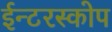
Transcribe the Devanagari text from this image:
ईन्टरस्कोप